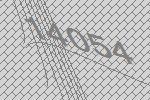
14054